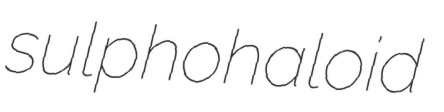
sulphohaloid